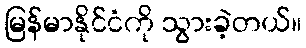
မြန်မာနိုင်ငံကို သွားခဲ့တယ်။